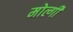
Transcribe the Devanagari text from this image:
मोल्गी